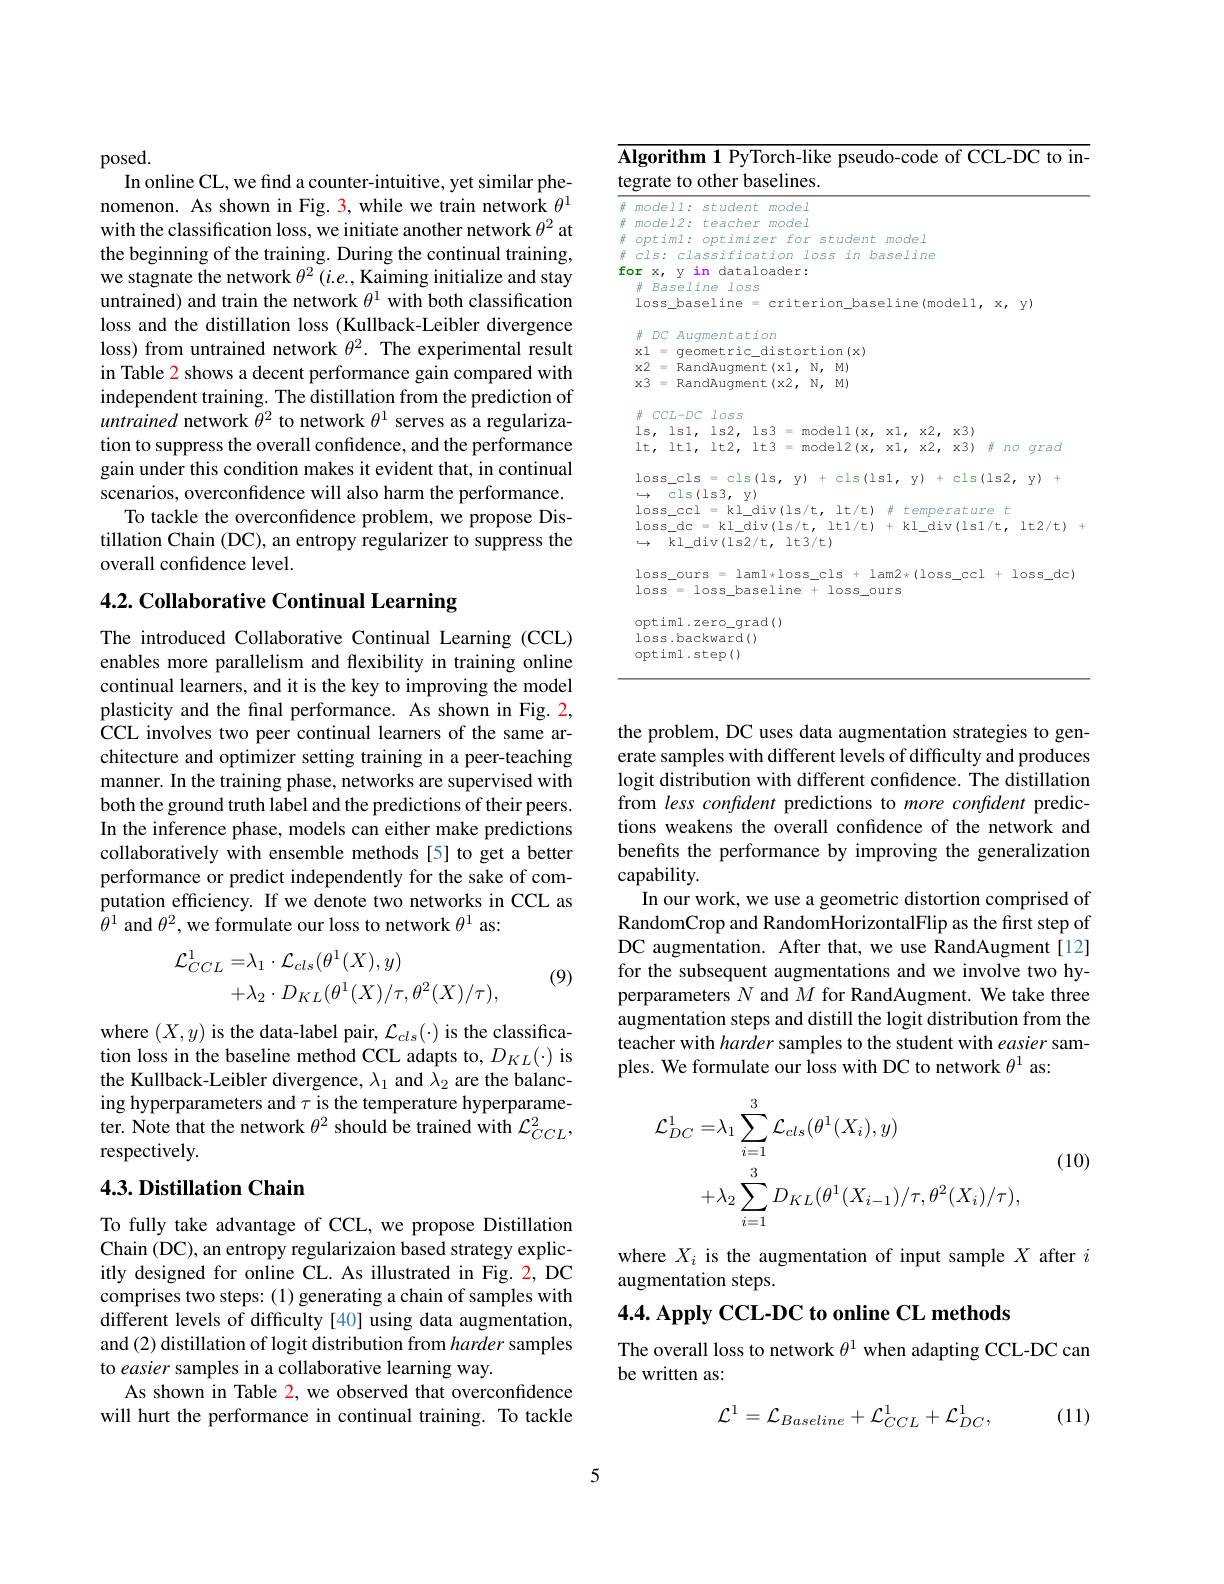
posed.
In online CL, we find a counter- intuitive, yet similar phenomenon. As shown in Fig. 3, while we train network $\theta^1$ with the classification loss, we initiate another network $\theta^2$ at the beginning of the training. During the continual training, we stagnate the network $\theta^2(i.e.$, Kaiming initialize and stay untrained) and train the network $\theta^{1}$ with both classification loss and the distillation loss (Kullback-Leibler divergence loss) from untrained network $\theta^2.$ The experimental result in Table 2 shows a decent performance gain compared with independent training. The distillation from the prediction of untrained network $\theta^2$ to network $\theta^1$ serves as a regularization to suppress the overall confdence, and the performance gain under this condition makes it evident that, in continual scenarios, overconfidence will also harm the performance.
To tackle the overconfidence problem, we propose Distillation Chain (DC), an entropy regularizer to suppress the overall confidence level.

# 4.2. Collaborative Continual Learning

The introduced Collaborative Continual Learning (CCL) enables more parallelism and flexibility in training online continual learners, and it is the key to improving the model plasticity and the final performance. As shown in Fig. 2, CCL involves two peer continual learners of the same architecture and optimizer setting training in a peer-teaching manner. In the training phase, networks are supervised with both the ground truth label and the predictions of their peers. In the inference phase, models can either make predictions collaboratively with ensemble methods[5] to get a better performance or predict independently for the sake of computation efficiency. If we denote two networks in CCL as $\bar{\theta}^{1}$ and $\theta^2$,we formulate our loss to network $\theta^{1}$ as:
$$\begin{aligned}\mathcal{L}_{CCL}^{1}=&\lambda_{1}\cdot\mathcal{L}_{cls}(\theta^{1}(X),y)\\&+\lambda_{2}\cdot D_{KL}(\theta^{1}(X)/\tau,\theta^{2}(X)/\tau),\end{aligned}$$
(9)

where $(X,y)$ is the data-label pair, $\mathcal{L}_cls(\cdot)$ is the classification loss in the baseline method CCL adapts to, $D_{KL}(\cdot)$ is the Kullback-Leibler divergence, $\lambda_1$ and $\lambda_2$ are the balancing hyperparameters and $\tau$ is the temperature hyperparameter. Note that the network $\theta^{2}$ should be trained with $\mathcal{L}_CCL^{2}$, respectively.

## 4.3. Distillation Chain

To fully take advantage of CCL, we propose Distillation Chain (DC), an entropy regularizaion based strategy explicitly designed for online CL. As illustrated in Fig. 2, DC comprises two steps: (1) generating a chain of samples with different levels of difficulty [40] using data augmentation, and (2) distillation of logit distribution from harder samples to easier samples in a collaborative learning way.
As shown in Table 2, we observed that overconfidence will hurt the performance in continual training. To tackle

$\overline{\textbf{Algorithm 1 PyTorch-like pseudo-code of CCL-DC to in-}}$
tegrate to other baselines
<table>
	<tbody>
		<tr>
			<td>loss\_ours = laml*loss\_cls + lam2*(10ss\_ $10ss=1oss\_baseline+loss\_ours$ optiml.zero_grad() $\log$ss.backward() optim1.step()</td>
			<td>ccl</td>
			<td>$oss_{dc}$</td>
		</tr>
	</tbody>
</table>

the problem, DC uses data augmentation strategies to generate samples with different levels of difficulty and produces logit distribution with different confidence. The distillation from less confident predictions to more confident predictions weakens the overall confidence of the network and benefits the performance by improving the generalization capability.
In our work, we use a geometric distortion comprised of RandomCrop and RandomHorizontalFlip as the first step of DC augmentation. After that, we use RandAugment[12] for the subsequent augmentations and we involve two hyperparameters $N$ and $M$ for RandAugment. We take three augmentation steps and distill the logit distribution from the teacher with harder samples to the student with easier samples. We formulate our loss with DC to network $\theta^{1}$ as:
$$\begin{aligned}\mathcal{L}_{DC}^{1}=&\lambda_{1}\sum_{i=1}^{3}\mathcal{L}_{cls}(\theta^{1}(X_{i}),y)\\&+\lambda_{2}\sum_{i=1}^{3}D_{KL}(\theta^{1}(X_{i-1})/\tau,\theta^{2}(X_{i})/\tau),\end{aligned}$$
(10)

where $X_i$ is the augmentation of input sample $X$ after $i$
augmentation steps.

4.4. Apply CCL-DC to online CL methods
The overall loss to network $\theta^{1}$ when adapting CCL-DC can
be written as:
$$\mathcal{L}^1=\mathcal{L}_{Baseline}+\mathcal{L}_{CCL}^1+\mathcal{L}_{DC}^1,$$
(11)

5